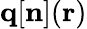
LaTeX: {\mathbf q}[{\mathbf n}]({\mathbf r})